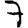
Digit: 7